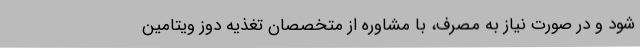
شود و در صورت نیاز به مصرف، با مشاوره از متخصصان تغذیه دوز ویتامین